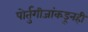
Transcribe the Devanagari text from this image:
पोर्तुगीजांकडूनही